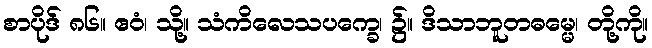
စာပိုဒ် ၈၆။ ဧဝံ၊ သို့။ သံကိလေသပက္ခေ၊ ၌။ ဒိသာဘူတဓမ္မေ၊ တို့ကို။